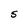
Character: S